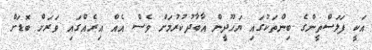
އަކީ ފަލަސްތީންގެ ބިންތަކުގައި ޔަހޫދީން އާބާދުކުރުމަށް ވެސް އެއް އިރެއްގައި ވަރަށް ބޮޑަށް